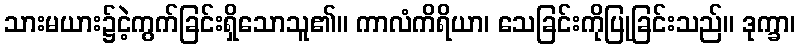
သားမယား၌ငဲ့ကွက်ခြင်းရှိသောသူ၏။ ကာလံကိရိယာ၊ သေခြင်းကိုပြုခြင်းသည်။ ဒုက္ခာ၊